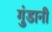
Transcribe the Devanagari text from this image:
गुंडानी